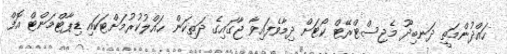
ހައްދުންމަތީ ދަނބިދޫ މެޖިސްޓްރޭޓް ކޯޓަށް ދިމާވެފައިވާ ޖާގައިގެ ދަތިކަން ޙައްލުކުރުމަށްޓަކައި ޑިޕާޓްމަންޓް އޮފް